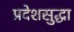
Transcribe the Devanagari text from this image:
प्रदेशसुद्धा